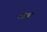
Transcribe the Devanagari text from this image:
किन्रर